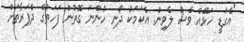
"އެގަޑީ ހަޅޭއް ވެސް ލެވިން. އެކަމަކު ދޯނި ހުންނަ ގޮތުން ފަހަތުގެ ދެފަރާތަށް